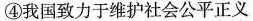
④我国致力于维护社会公平正义